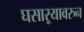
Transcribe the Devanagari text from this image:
घसाऱ्यावरुन